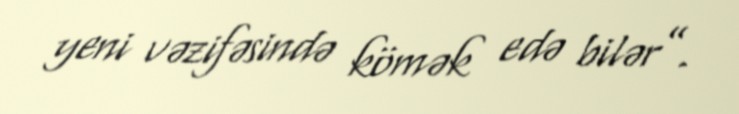
yeni vəzifəsində kömək edə bilər”.